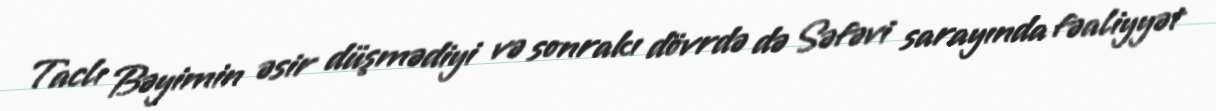
Taclı Bəyimin əsir düşmədiyi və sonrakı dövrdə də Səfəvi sarayında fəaliyyət